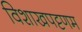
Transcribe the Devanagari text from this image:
विशाखपट्टणम